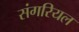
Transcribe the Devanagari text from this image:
संगरियल